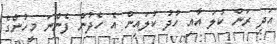
އަދި ރަން ކުލަ އާއި ހުދު ކުލައިން އެ ހެދުން ފެންނަ މީހުންގެ